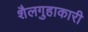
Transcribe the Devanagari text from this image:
शैलगुहाकारी